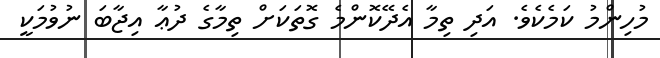
މުހިންމު ކަމެކެވެ. އަދި ތިމާ އެދޭކޮންމެ ގޮތަކަށް ތިމާގެ ދުޢާ އިޖާބަ ނުވުމަކީ